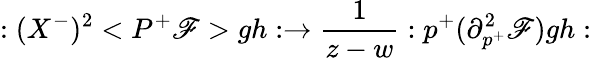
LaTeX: :(X^{-})^{2}<P^{+}\mathscr{F}>gh:\rightarrow\frac{1}{{z-w}}:p^{+}(\partial_{p^{+}}^{2}\mathscr{F})gh: